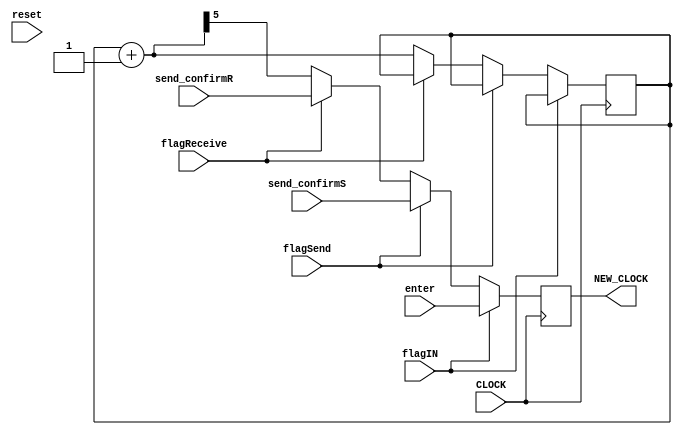
module Divisor(
	input CLOCK,
	input reset,
	input enter,
	input flagIN,
	input flagSend,
	input flagReceive,
	input send_confirmS,
	input send_confirmR,
	output reg NEW_CLOCK
);
	reg[24:0] contador;
	
	always@(posedge CLOCK) begin
		if(flagIN == 1) begin
			NEW_CLOCK = enter;
		end
		else if (flagSend == 1) begin
			NEW_CLOCK = send_confirmS;
		end
		else if (flagReceive == 1) begin
			NEW_CLOCK = send_confirmR;
		end
		else begin 
			contador = contador + 25'd1;
			NEW_CLOCK = contador[5]; //15, 13.
		end
	end
endmodule